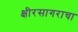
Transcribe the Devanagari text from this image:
क्षीरसागराचा